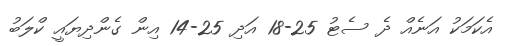
އެކަމަކު އަނެއް ދެ ސެޓު 25-18 އަދި 25-14 އިން ގެންދިޔައީ ކްލަބު